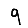
Digit: 9